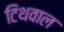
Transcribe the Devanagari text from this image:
टिथवाल